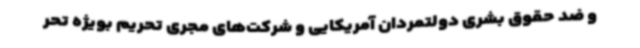
و ضد حقوق بشری دولتمردان آمریکایی و شرکت‌های مجری تحریم بویژه تحر